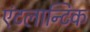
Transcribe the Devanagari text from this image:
एंटलान्टिक